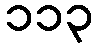
၁၁၃